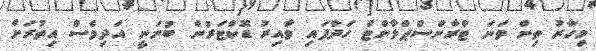
މިހާރު ތިން ވަނަ ޓްރާންސްޕްލާންޓް ހަދާފައި ވާއިރު ޑޮކްޓަރުން ބުނަނީ އަދިވެސް އިތުރަށް